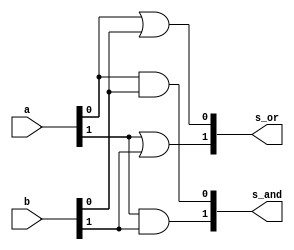
// -------------------------
// Exemplo0033 - OR/AND e NOR/NAND - 4 bits - Selecionvel
// Nome: Daniel Telles McGinnis
// -------------------------
// Previso:
// A sada sero as conjunes (AND) e as disjunes (OR) de cada bit dos
// dois operandos de 2 bits que servirem de entrada para subcircuito,
// e depois a negao da disjuno (NOR) e a negao da conjuno (NAND).
// Teste 1:
// Entradas: [a = 00 e b = 01], [a = 11 e b = 01], [primeiro: chave = 0, depois: chave = 1].
// Observaes da sada:
// A sada so oito linhas, duas para a conjuno feita bit a bit,
// duas para a disjuno feita bit a bit, duas linhas para a negao
// da disjuno (NOR) e duas linhas para a negao da conjuno (NAND),
// como esperado.

module or_and(output [1:0] s_or, output [1:0] s_and,
              input [1:0] a, input [1:0] b);

	or D0 (s_or[0], a[0], b[0]);
	or D1 (s_or[1], a[1], b[1]);

	and A0 (s_and[0], a[0], b[0]);
	and A1 (s_and[1], a[1], b[1]);

endmodule // or_and

module nor_nand(output [1:0] s_nor, output [1:0] s_nand,
                input [1:0] a, input [1:0] b);

	nor ND0 (s_nor[0], a[0], b[0]);
	nor ND1 (s_nor[1], a[1], b[1]);

	nand NA0 (s_nand[0], a[0], b[0]);
	nand NA1 (s_nand[1], a[1], b[1]);

endmodule // nor_nand

module subcircuito(output [1:0] s1, output [1:0] s2,
                   input chave, input [1:0] a, input [1:0] b);
	wire [1:0] s_or_and_OR;
	wire [1:0] s_or_and_AND;
	wire [1:0] s_nor_nand_NOR;
	wire [1:0] s_nor_nand_NAND;
	wire chaveNegada;
	wire [1:0] intermedio1;
	wire [1:0] intermedio2;
	wire [1:0] intermedio1b;
	wire [1:0] intermedio2b;

	or_and N1 (s_or_and_OR, s_or_and_AND, a, b);
	nor_nand N2 (s_nor_nand_NOR, s_nor_nand_NAND, a, b);
	
	// primeiro vamos decidir qual  o valor de s1, OR ou NOR
	// para depois decidir qual  o valor de s2, AND ou NAND.

	// OR ou NOR

	not S0 (chaveNegada, chave);

	and S1 (intermedio1[0], s_or_and_OR[0], chaveNegada);
	and S2 (intermedio2[0], s_nor_nand_NOR[0], chave);
	or S3 (s1[0], intermedio1[0], intermedio2[0]);

	and S4 (intermedio1[1], s_or_and_OR[1], chaveNegada);
	and S5 (intermedio2[1], s_nor_nand_NOR[1], chave);
	or S6 (s1[1], intermedio1[1], intermedio2[1]);

	// AND ou NAND

	and S13 (intermedio1b[0], s_or_and_AND[0], chaveNegada);
	and S14 (intermedio2b[0], s_nor_nand_NAND[0], chave);
	or S15 (s2[0], intermedio1b[0], intermedio2b[0]);

	and S16 (intermedio1b[1], s_or_and_AND[1], chaveNegada);
	and S17 (intermedio2b[1], s_nor_nand_NAND[1], chave);
	or S18 (s2[1], intermedio1b[1], intermedio2b[1]);

endmodule // subcircuito

module test_subcircuito;
	// ------------------------- definir dados
	reg chave;
	reg [1:0] x;
	reg [1:0] y;
	wire [1:0] s1;
	wire [1:0] s2;
	subcircuito modulo (s1, s2, chave, x, y);
	// ------------------------- parte principal
	initial begin
		$display("Exemplo0033 - Daniel Telles McGinnis - 435042");
		$display("Test LU's module\n");
		chave = 0;
		x = 2'b00;
		y = 2'b01;
		#1 $display("chave = 0,   or(%b, %b) = %b", x, y, s1);
		x = 2'b11;
		y = 2'b01;
		#1 $display("chave = 0,   or(%b, %b) = %b\n", x, y, s1);
		x = 2'b00;
		y = 2'b01;
		#1 $display("chave = 0,  and(%b, %b) = %b", x, y, s2);
		x = 2'b11;
		y = 2'b01;
		#1 $display("chave = 0,  and(%b, %b) = %b\n", x, y, s2);
		chave = 1;
		x = 2'b00;
		y = 2'b01;
		#1 $display("chave = 1,  nor(%b, %b) = %b", x, y, s1);
		x = 2'b11;
		y = 2'b01;
		#1 $display("chave = 1,  nor(%b, %b) = %b\n", x, y, s1);
		x = 2'b00;
		y = 2'b01;
		#1 $display("chave = 1, nand(%b, %b) = %b", x, y, s2);
		x = 2'b11;
		y = 2'b01;
		#1 $display("chave = 1, nand(%b, %b) = %b", x, y, s2);
	end
endmodule // test_subcircuito